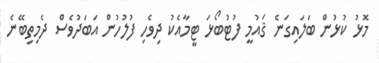
މޮޅު ކުޅުން ބަލައިގަނެ ޤައުމީ ފުޓުބޯޅަ ޓީމާއެކު ދިވެހި ފުލުހުން އަބަދުވެސް ދެމިތިބޭނެ